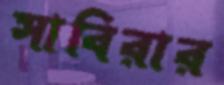
সাবিরার